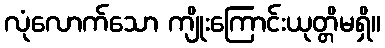
လုံလောက်သော ကျိုးကြောင်းယုတ္တိမရှိ။